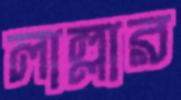
লাল্লার